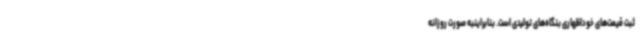
ثبت قیمت‌های خوداظهاری بنگاه‌های تولیدی است. بنابراینبه صورت روزانه